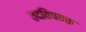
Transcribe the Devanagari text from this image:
तदविषयक